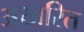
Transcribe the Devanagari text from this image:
अखरित